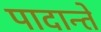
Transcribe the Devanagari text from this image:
पादान्ते